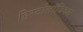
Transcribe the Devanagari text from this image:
हिस्टोलॉजिकल